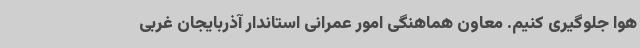
هوا جلوگیری کنیم. معاون هماهنگی امور عمرانی استاندار آذربایجان غربی